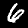
Digit: 6